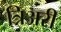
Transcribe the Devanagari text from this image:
त्रिअरी